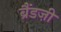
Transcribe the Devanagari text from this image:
ब्रैंडज़ी